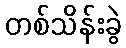
တစ်သိန်းခွဲ